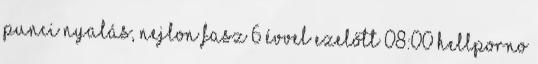
punci nyalás, nejlon fasz 6 évvel ezelőtt 08:00 HellPorno